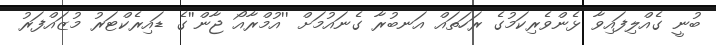
ބުނީ ގެއްލިފައިވާ ޅެންވެރިކަމުގެ ރަހަތައް އަނބުރާ ގެނައުމަށް ''އުމްރާއޯ ޖާން''ގެ ޑައިރެކްޓަރު މުޒައްފަރު